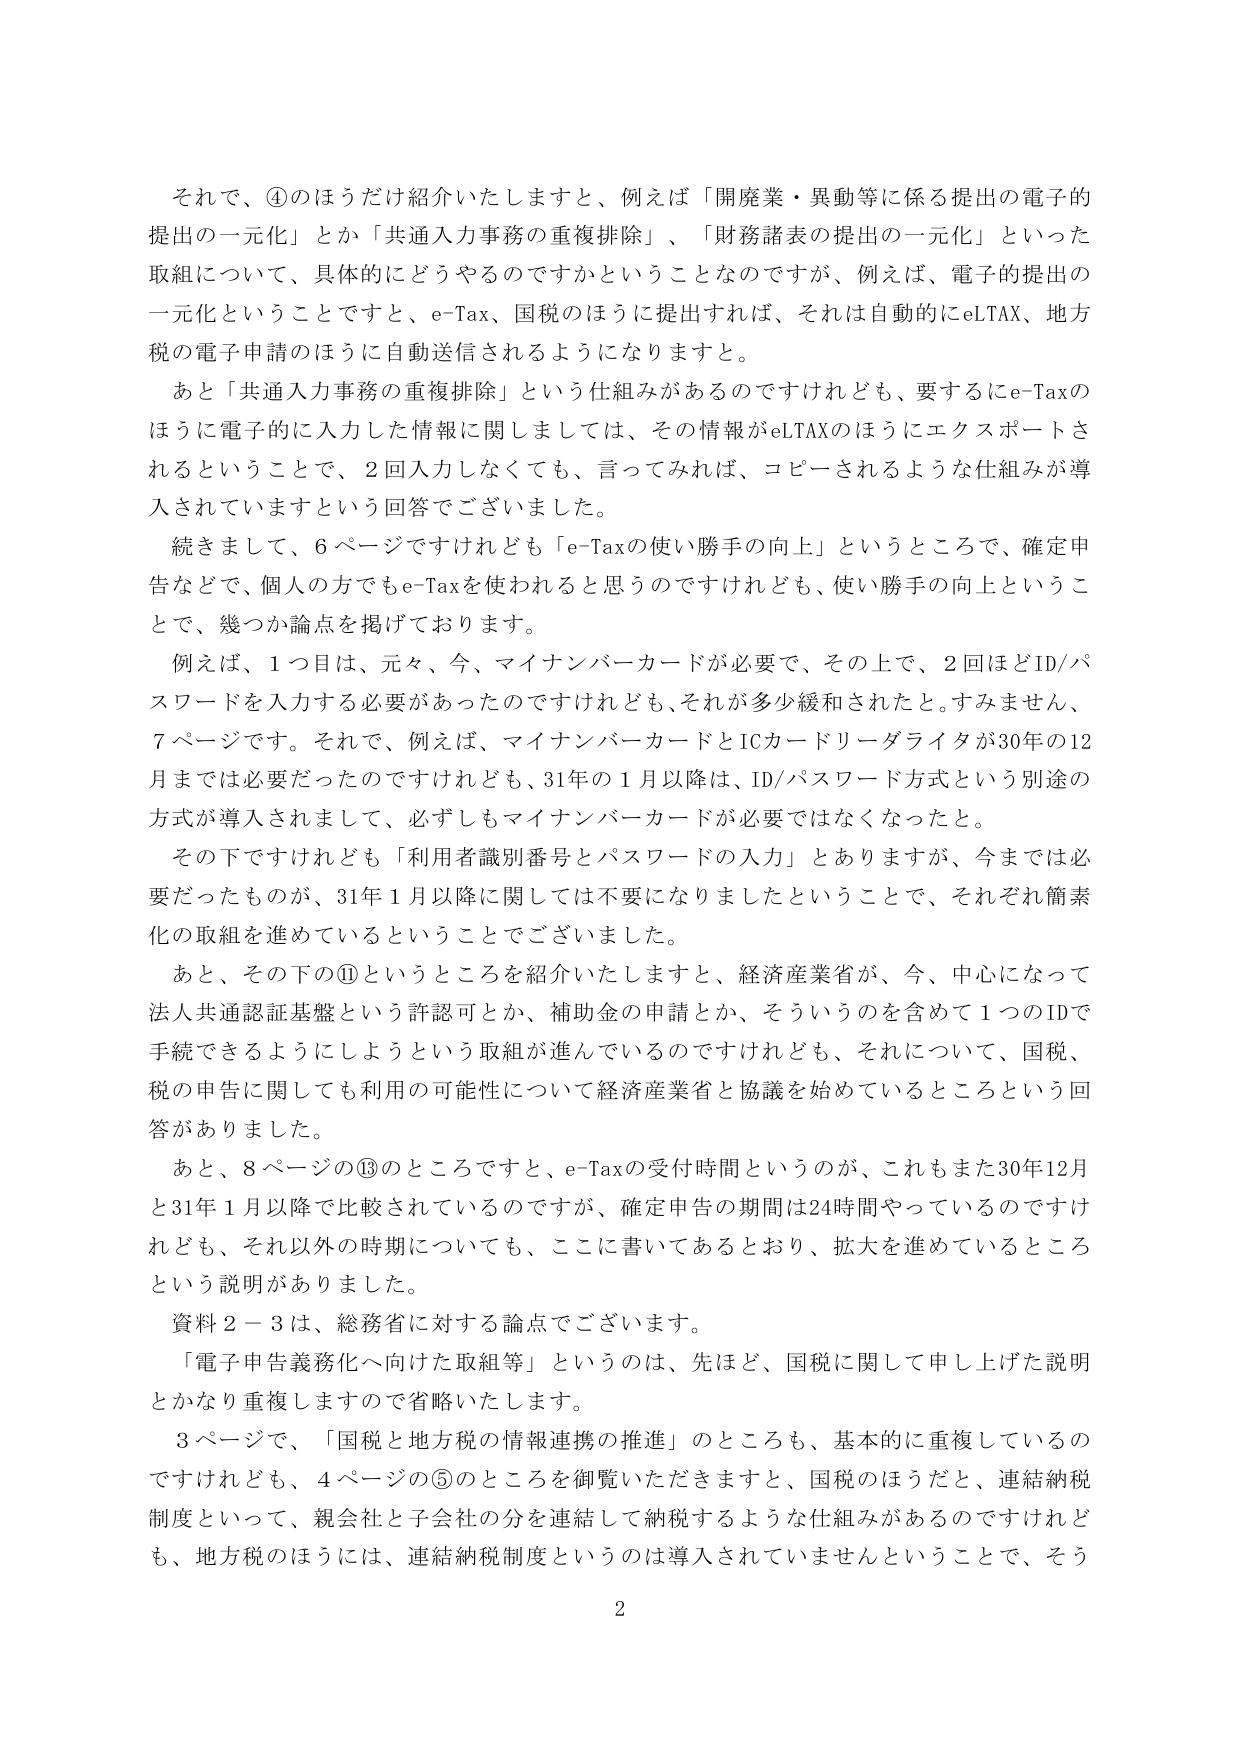
それで、④のほうだけ紹介いたしますと、例えば「開廃業・異動等に係る提出の電子的提出の一元化」とか「共通入力事務の重複排除」、「財務諸表の提出の一元化」といった取組について、具体的にどうやるのですかということなのですが、例えば、電子的提出の一元化ということですと、e-Tax、国税のほうに提出すれば、それは自動的にeLTAX、地方税の電子申請のほうに自動送信されるようになりますと。

あと「共通入力事務の重複排除」という仕組みがあるのですけれども、要するにe-Taxのほうに電子的に入力した情報に関しましては、その情報がeLTAXのほうにエクスポートされるということで、2回入力しなくても、言ってみれば、コピーされるような仕組みが導入されていますという回答でございました。

続きまして、6ページですけれども「e-Taxの使い勝手の向上」というところで、確定申告などで、個人の方でもe-Taxを使われれると思うのですけれども、使い勝手の向上ということで、幾つか論点を掲げております。

例えば、1つ目は、元々、今、マイナンバーカードが必要で、その上で、2回ほどID/パスワードを入力する必要があったのですけれども、それが多少緩和されたと。すみません、7ページです。それで、例えば、マイナンバーカードとICカードリーダライタが30年の12月までは必要だったのですけれども、31年の1月以降は、ID/パスワード方式という別途の方式が導入されまして、必ずしもマイナンバーカードが必要ではなくなったと。

その下ですけれども「利用者識別番号とパスワードの入力」とありますが、今までは必要だったものが、31年1月以降に関しては不要になりましたということで、それぞれ簡素化の取組を進めているということでございました。

あと、その下の⑪というところを紹介いたしますと、経済産業省が、今、中心になって法人共通認証基盤という許認可とか、補助金の申請とか、そういうのを含めて1つのIDで手続できるようにしようという取組が進んでいるのですけれども、それについて、国税、税の申告に関しても利用の可能性について経済産業省と協議を始めているところという回答がありました。

あと、8ページの⑬のところですと、e-Taxの受付時間というのが、これもまた30年12月と31年1月以降で比較されているのですが、確定申告の期間は24時間やっているのですけれども、それ以外の時期についても、ここに書いてあるとおり、拡大を進めているところという説明がありました。

資料2－3は、総務省に対する論点でございます。

「電子申告義務化へ向けた取組等」というのは、先ほど、国税に関して申し上げた説明とかなり重複しますので省略いたします。

3ページで、「国税と地方税の情報連携の推進」のところも、基本的に重複しているのですけれども、4ページの⑤のところを御覧いただきますと、国税のほうだと、連結納税制度といって、親会社と子会社の分を連結して納税するような仕組みがあるのですけれども、地方税のほうには、連結納税制度というのは導入されていませんということで、そう

2